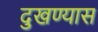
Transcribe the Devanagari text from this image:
दुखण्यास